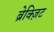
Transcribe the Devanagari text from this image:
ब्रेक्ज़िट